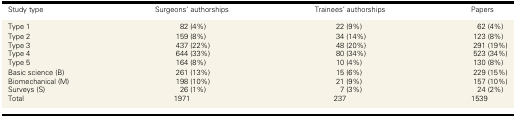
<table><thead><tr><td><b>Study type</b></td><td><b>Surgeons' authorships</b></td><td><b>Trainees' authorships</b></td><td><b>Papers</b></td></tr></thead><tbody><tr><td>Type 1</td><td>82 (4%)</td><td>22 (9%)</td><td>62 (4%)</td></tr><tr><td>Type 2</td><td>159 (8%)</td><td>34 (14%)</td><td>123 (8%)</td></tr><tr><td>Type 3</td><td>437 (22%)</td><td>48 (20%)</td><td>291 (19%)</td></tr><tr><td>Type 4</td><td>644 (33%)</td><td>80 (34%)</td><td>523 (34%)</td></tr><tr><td>Type 5</td><td>164 (8%)</td><td>10 (4%)</td><td>130 (8%)</td></tr><tr><td>Basic science (B)</td><td>261 (13%)</td><td>15 (6%)</td><td>229 (15%)</td></tr><tr><td>Biomechanical (M)</td><td>198 (10%)</td><td>21 (9%)</td><td>157 (10%)</td></tr><tr><td>Surveys (S)</td><td>26 (1%)</td><td>7 (3%)</td><td>24 (2%)</td></tr><tr><td>Total</td><td>1971</td><td>237</td><td>1539</td></tr></tbody></table>